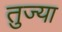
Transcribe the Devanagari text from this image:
तुज्या